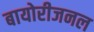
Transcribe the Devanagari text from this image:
बायोरीजनल